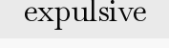
expulsive